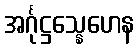
အင်္ဂုဋ္ဌသ္နေဟေန